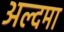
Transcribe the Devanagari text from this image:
अल्दमा